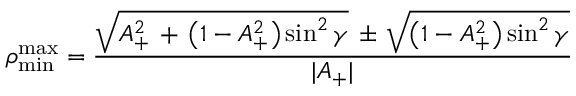
\rho _ { \mathrm { m i n } } ^ { \mathrm { m a x } } = \frac { \sqrt { A _ { + } ^ { 2 } \, + \, \left( 1 - A _ { + } ^ { 2 } \right) \sin ^ { 2 } \gamma } \, \pm \, \sqrt { \left( 1 - A _ { + } ^ { 2 } \right) \sin ^ { 2 } \gamma } } { | A _ { + } | }